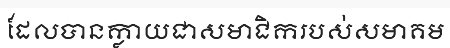
ដែលបានក្លាយជាសមាជិករបស់សមាគម